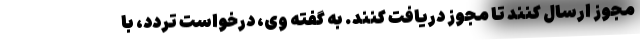
مجوز ارسال کنند تا مجوز دریافت کنند. به گفته وی، درخواست تردد، با